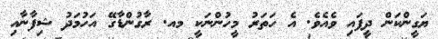
ޔަގީންކަން ދީފައި ވެއެވެ. އެ ހަތަރު މީހުންނަކީ މއ. ރާގުންޑާގޭ އަހުމަދު ޝިފާނާއި